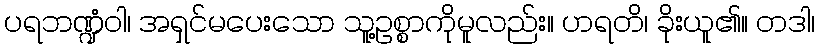
ပရဘဏ္ဍံဝါ၊ အရှင်မပေးသော သူ့ဥစ္စာကိုမူလည်း။ ဟရတိ၊ ခိုးယူ၏။ တဒါ၊